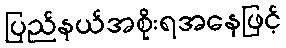
ပြည်နယ်အစိုးရအနေဖြင့်